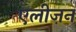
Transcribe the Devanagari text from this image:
एलीज़न